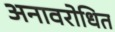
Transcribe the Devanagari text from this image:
अनावरोधित